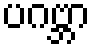
ပဂဗ္ဘာ